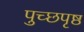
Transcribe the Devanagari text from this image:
पुच्छपृष्ठ